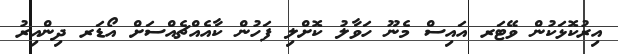
އިރުކޮޅަކުން ވޭޓަރ އައިސް މެނޫ ހަވާލު ކޮށްލި ފަހުން ކާއެއްޗެއްސަށް އޯޑަރ ދިންއިރު